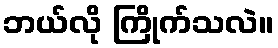
ဘယ်လို ကြိုက်သလဲ။